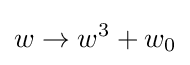
w\to w^{3}+w_{0}